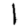
Digit: 1